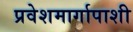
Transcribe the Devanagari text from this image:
प्रवेशमार्गापाशी